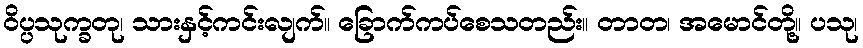
ဝိပ္ပသုက္ခတု၊ သားနှင့်ကင်းလျက်။ ခြောက်ကပ်စေသတည်း။ တာတ၊ အမောင်တို့။ ပသု၊